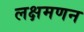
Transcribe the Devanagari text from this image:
लक्षमणन